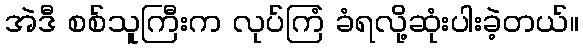
အဲဒီ စစ်သူကြီးက လုပ်ကြံ ခံရလို့ဆုံးပါးခဲ့တယ်။